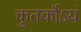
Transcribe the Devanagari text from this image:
कुतर्कोऽयं